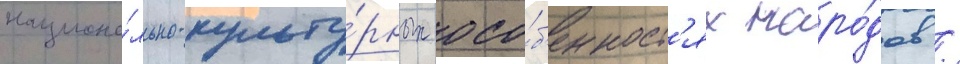
национа́льно-культу́рных осо́б'енност'ях наро́дов /